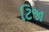
ટિજા